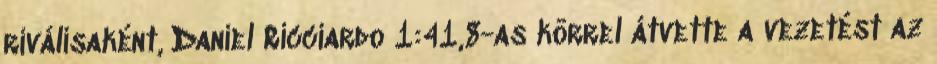
riválisaként, Daniel Ricciardo 1:41,8-as körrel átvette a vezetést az